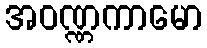
အဝဏ္ဏကာမော